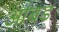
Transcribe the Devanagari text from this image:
आंबड